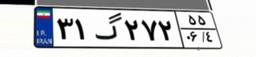
۳۱گ۲۷۲۵۵